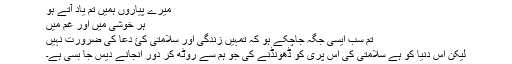
میرے پیاروں ہمیں تم یاد آتے ہو
ہر خوشی میں اور غم میں
تم سب ایسی جگہ جاچکے ہو کہ تمہیں زندگی اور سلامتی کئ دعا کی ضرورت نہیں
لیکن اس دنیا کو ہے سلامتی کی اس پری کو ڈھونڈنے کی جو ہم سے روٹھ کر دور انجانے دیس جا بسی ہے۔